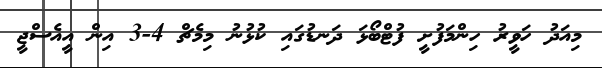
މިއަދު ހަވީރު ހިންމަފުށީ ފުޓްބޯޅަ ދަނޑުގައި ކުޅުނު މިމެޗް 4-3 އިން އީއެސްޖީ